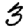
Digit: 3